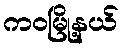
ကဝမြို့နယ်